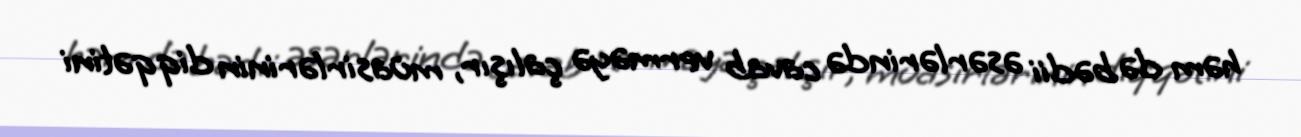
həm də bədii əsərlərində cavab verməyə çalışır, müasirlərinin diqqətini